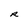
Character: R